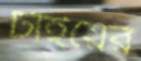
টাইয়ের